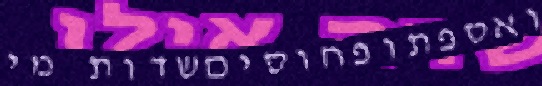
ואספתופחוסיםשדות מי